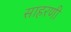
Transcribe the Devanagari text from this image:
साहरणी